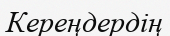
Кереңдердің